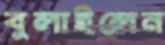
বুলাইলেন